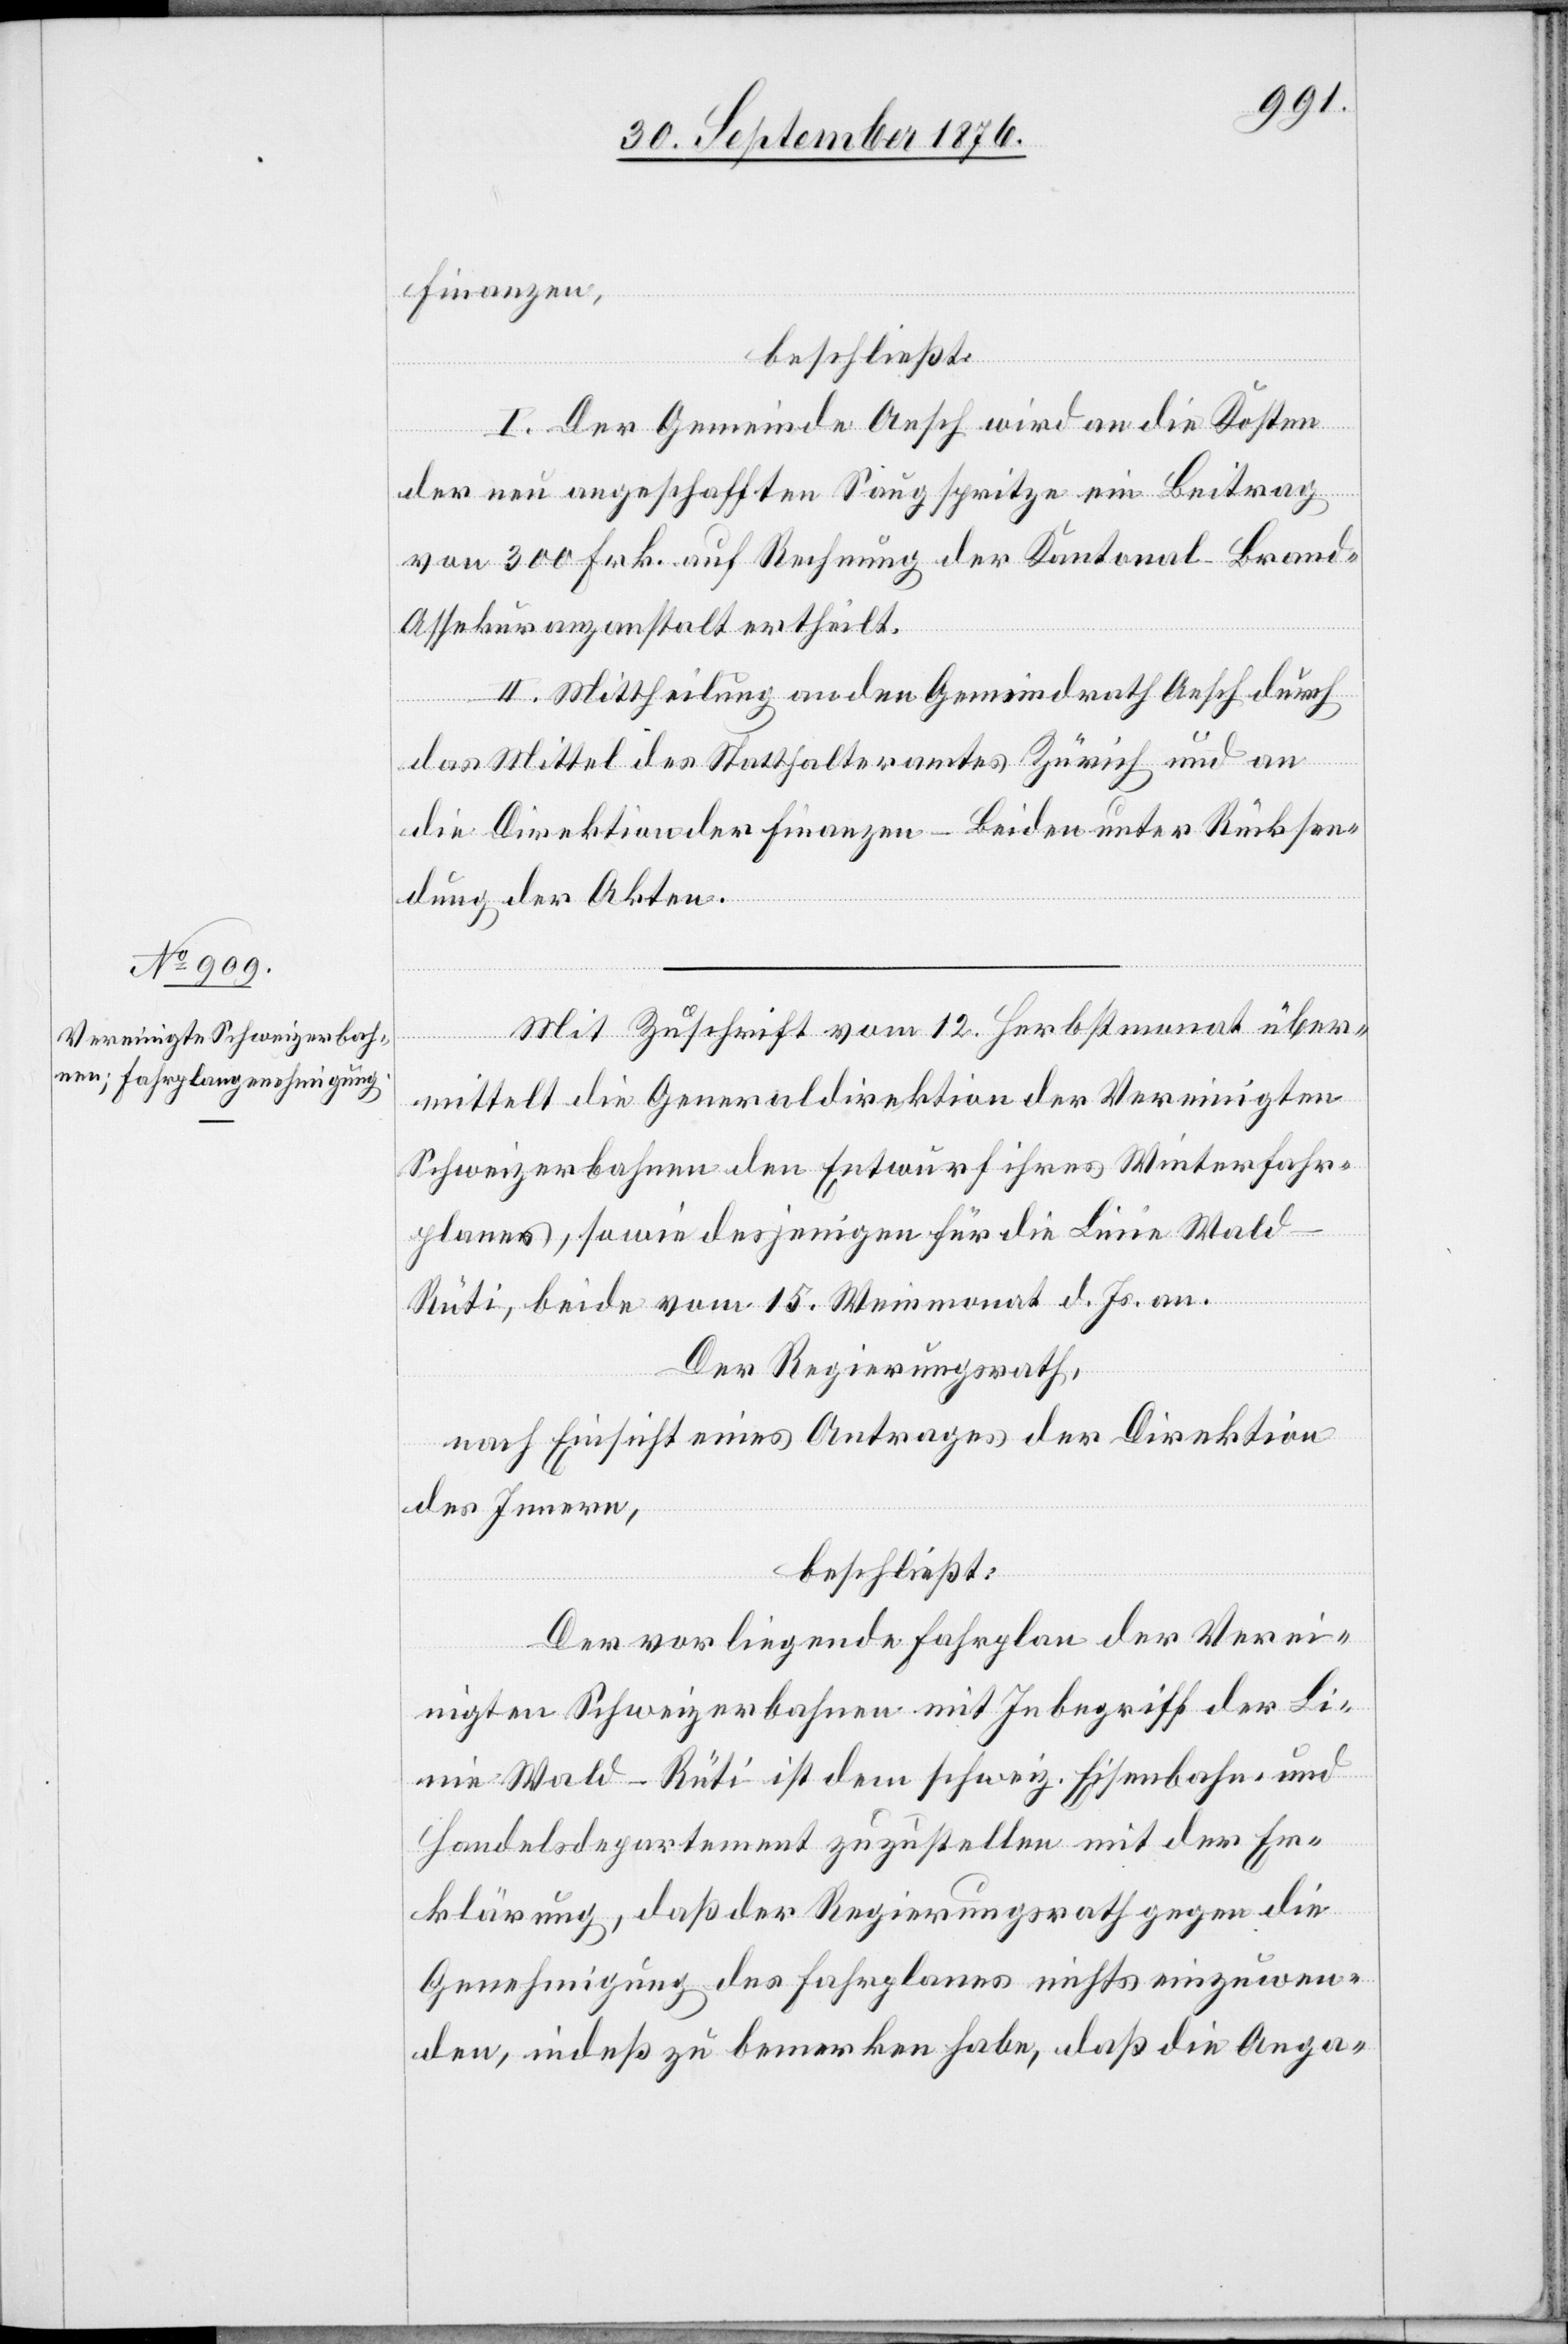
Finanzen,
beschließt:
I. Der Gemeinde Aesch wird an die Kosten
der neu angeschafften Saugspritze ein Beitrag
von 300 Frk. auf Rechnung der Kantonal-Brand-A¬
ssekuranzanstalt ertheilt.
II. Mittheilung an den Gemeindrath Aesch durch
das Mittel des Statthalteramtes Zürich und an
die Direktion der Finanzen – beiden unter Rücksen¬
dung der Akten.
Mit Zuschrift vom 12. Herbstmonat über¬
mittelt die Generaldirektion der Vereinigten
Schweizerbahnen den Entwurf ihres Winterfahr¬
planes, sowie desjenigen für die Linie Wald–R¬
üti, beide vom 15. Weinmonat d. Js. an.
Der Regierungsrath,
nach Einsicht eines Antrages der Direktion
des Innern,
beschließt:
Der vorliegende Fahrplan der Verei¬
nigten Schweizerbahnen mit Inbegriff der Li¬
nie Wald–Rüti ist dem schweiz. Eisenbahn- und
Handelsdepartement zuzustellen und mit der Er¬
klärung, daß der Regierungsrath gegen die
Genehmigung des Fahrplanes nichts einzuwen¬
den, indeß zu bemerken habe, daß die Anga-